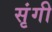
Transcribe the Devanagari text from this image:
सृंगी